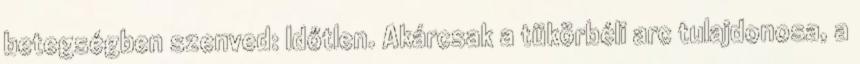
betegségben szenved: Időtlen. Akárcsak a tükörbéli arc tulajdonosa, a